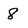
Character: 8